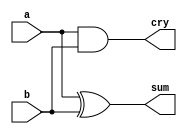
/*
 * Generated by Digital. Don't modify this file!
 * Any changes will be lost if this file is regenerated.
 */

module half_adder (
  input a,
  input b,
  output sum,
  output cry
);
  assign sum = (a ^ b);
  assign cry = (a & b);
endmodule

module incrementer (
  input [3:0] a,
  input inc,
  output cry,
  output [3:0] y
);
  wire s0;
  wire s1;
  wire s2;
  wire s3;
  wire s4;
  wire s5;
  wire s6;
  wire s7;
  wire s8;
  wire s9;
  wire s10;
  assign s0 = a[3];
  assign s3 = a[2];
  assign s6 = a[1];
  assign s9 = a[0];
  half_adder half_adder_i0 (
    .a( s9 ),
    .b( inc ),
    .sum( s10 ),
    .cry( s7 )
  );
  half_adder half_adder_i1 (
    .a( s6 ),
    .b( s7 ),
    .sum( s8 ),
    .cry( s4 )
  );
  half_adder half_adder_i2 (
    .a( s3 ),
    .b( s4 ),
    .sum( s5 ),
    .cry( s1 )
  );
  half_adder half_adder_i3 (
    .a( s0 ),
    .b( s1 ),
    .sum( s2 ),
    .cry( cry )
  );
  assign y[3] = s2;
  assign y[2] = s5;
  assign y[1] = s8;
  assign y[0] = s10;
endmodule

module not_neg (
  input [3:0] a,
  input invert,
  input neg,
  output [3:0] y,
  output cry
);
  wire s0;
  wire [3:0] s1;
  assign s0 = (invert & neg);
  assign s1[3] = (invert ^ a[3]);
  assign s1[2] = (invert ^ a[2]);
  assign s1[1] = (invert ^ a[1]);
  assign s1[0] = (invert ^ a[0]);
  incrementer incrementer_i0 (
    .a( s1 ),
    .inc( s0 ),
    .cry( cry ),
    .y( y )
  );
endmodule

module full_adder (
  input a,
  input b,
  input cin,
  output cout,
  output sum
);
  assign cout = ((cin & a) | (cin & b) | (b & a));
  assign sum = (a ^ b ^ cin);
endmodule

module four_bit_adder (
  input [3:0] a,
  input [3:0] b,
  input cin,
  output [3:0] y,
  output cout,
  output overfl
);
  wire cout_temp;
  wire s0;
  wire s1;
  wire s2;
  wire s3;
  wire s4;
  wire s5;
  wire s6;
  wire s7;
  wire s8;
  wire s9;
  wire s10;
  wire s11;
  wire s12;
  wire s13;
  wire s14;
  assign s1 = a[3];
  assign s4 = a[2];
  assign s8 = a[1];
  assign s12 = a[0];
  assign s2 = b[3];
  assign s5 = b[2];
  assign s9 = b[1];
  assign s13 = b[0];
  full_adder full_adder_i0 (
    .a( s12 ),
    .b( s13 ),
    .cin( cin ),
    .cout( s10 ),
    .sum( s14 )
  );
  full_adder full_adder_i1 (
    .a( s8 ),
    .b( s9 ),
    .cin( s10 ),
    .cout( s6 ),
    .sum( s11 )
  );
  full_adder full_adder_i2 (
    .a( s4 ),
    .b( s5 ),
    .cin( s6 ),
    .cout( s0 ),
    .sum( s7 )
  );
  full_adder full_adder_i3 (
    .a( s1 ),
    .b( s2 ),
    .cin( s0 ),
    .cout( cout_temp ),
    .sum( s3 )
  );
  assign overfl = (cout_temp ^ s0);
  assign y[3] = s3;
  assign y[2] = s7;
  assign y[1] = s11;
  assign y[0] = s14;
  assign cout = cout_temp;
endmodule

module two_bit_mux (
  input a,
  input b,
  input s,
  output y
);
  assign y = ((a & ~ s) | (b & s));
endmodule

module four_bit_mux (
  input [3:0] a,
  input [3:0] b,
  input sel,
  output [3:0] y
);
  wire s0;
  wire s1;
  wire s2;
  wire s3;
  wire s4;
  wire s5;
  wire s6;
  wire s7;
  wire s8;
  wire s9;
  wire s10;
  wire s11;
  assign s0 = a[3];
  assign s3 = a[2];
  assign s6 = a[1];
  assign s9 = a[0];
  assign s1 = b[3];
  assign s4 = b[2];
  assign s7 = b[1];
  assign s10 = b[0];
  two_bit_mux two_bit_mux_i0 (
    .a( s0 ),
    .b( s1 ),
    .s( sel ),
    .y( s2 )
  );
  two_bit_mux two_bit_mux_i1 (
    .a( s3 ),
    .b( s4 ),
    .s( sel ),
    .y( s5 )
  );
  two_bit_mux two_bit_mux_i2 (
    .a( s6 ),
    .b( s7 ),
    .s( sel ),
    .y( s8 )
  );
  two_bit_mux two_bit_mux_i3 (
    .a( s9 ),
    .b( s10 ),
    .s( sel ),
    .y( s11 )
  );
  assign y[3] = s2;
  assign y[2] = s5;
  assign y[1] = s8;
  assign y[0] = s11;
endmodule

module and_add (
  input [3:0] a,
  input [3:0] b,
  input add,
  input cin,
  input pass,
  output [3:0] y,
  output cout,
  output overfl
);
  wire [3:0] s0;
  wire [3:0] s1;
  wire [3:0] s2;
  four_bit_adder four_bit_adder_i0 (
    .a( a ),
    .b( b ),
    .cin( cin ),
    .y( s0 ),
    .cout( cout ),
    .overfl( overfl )
  );
  assign s1[3] = (a[3] & b[3]);
  assign s1[2] = (a[2] & b[2]);
  assign s1[1] = (a[1] & b[1]);
  assign s1[0] = (a[0] & b[0]);
  four_bit_mux four_bit_mux_i1 (
    .a( s1 ),
    .b( s0 ),
    .sel( add ),
    .y( s2 )
  );
  four_bit_mux four_bit_mux_i2 (
    .a( s2 ),
    .b( a ),
    .sel( pass ),
    .y( y )
  );
endmodule

module alu (
  input [3:0] a,
  input invert,
  input [3:0] b,
  input arith,
  input cin,
  input pass,
  output [3:0] y,
  output cout,
  output overfl
);
  wire [3:0] s0;
  not_neg not_neg_i0 (
    .a( a ),
    .invert( invert ),
    .neg( arith ),
    .y( s0 )
  );
  and_add and_add_i1 (
    .a( s0 ),
    .b( b ),
    .add( arith ),
    .cin( cin ),
    .pass( pass ),
    .y( y ),
    .cout( cout ),
    .overfl( overfl )
  );
endmodule